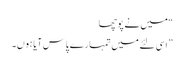
“ میں نے پوچھا
” اسی لئے میں تمہارے پاس آیا ہوں۔